Kambja_algkool, lk 70
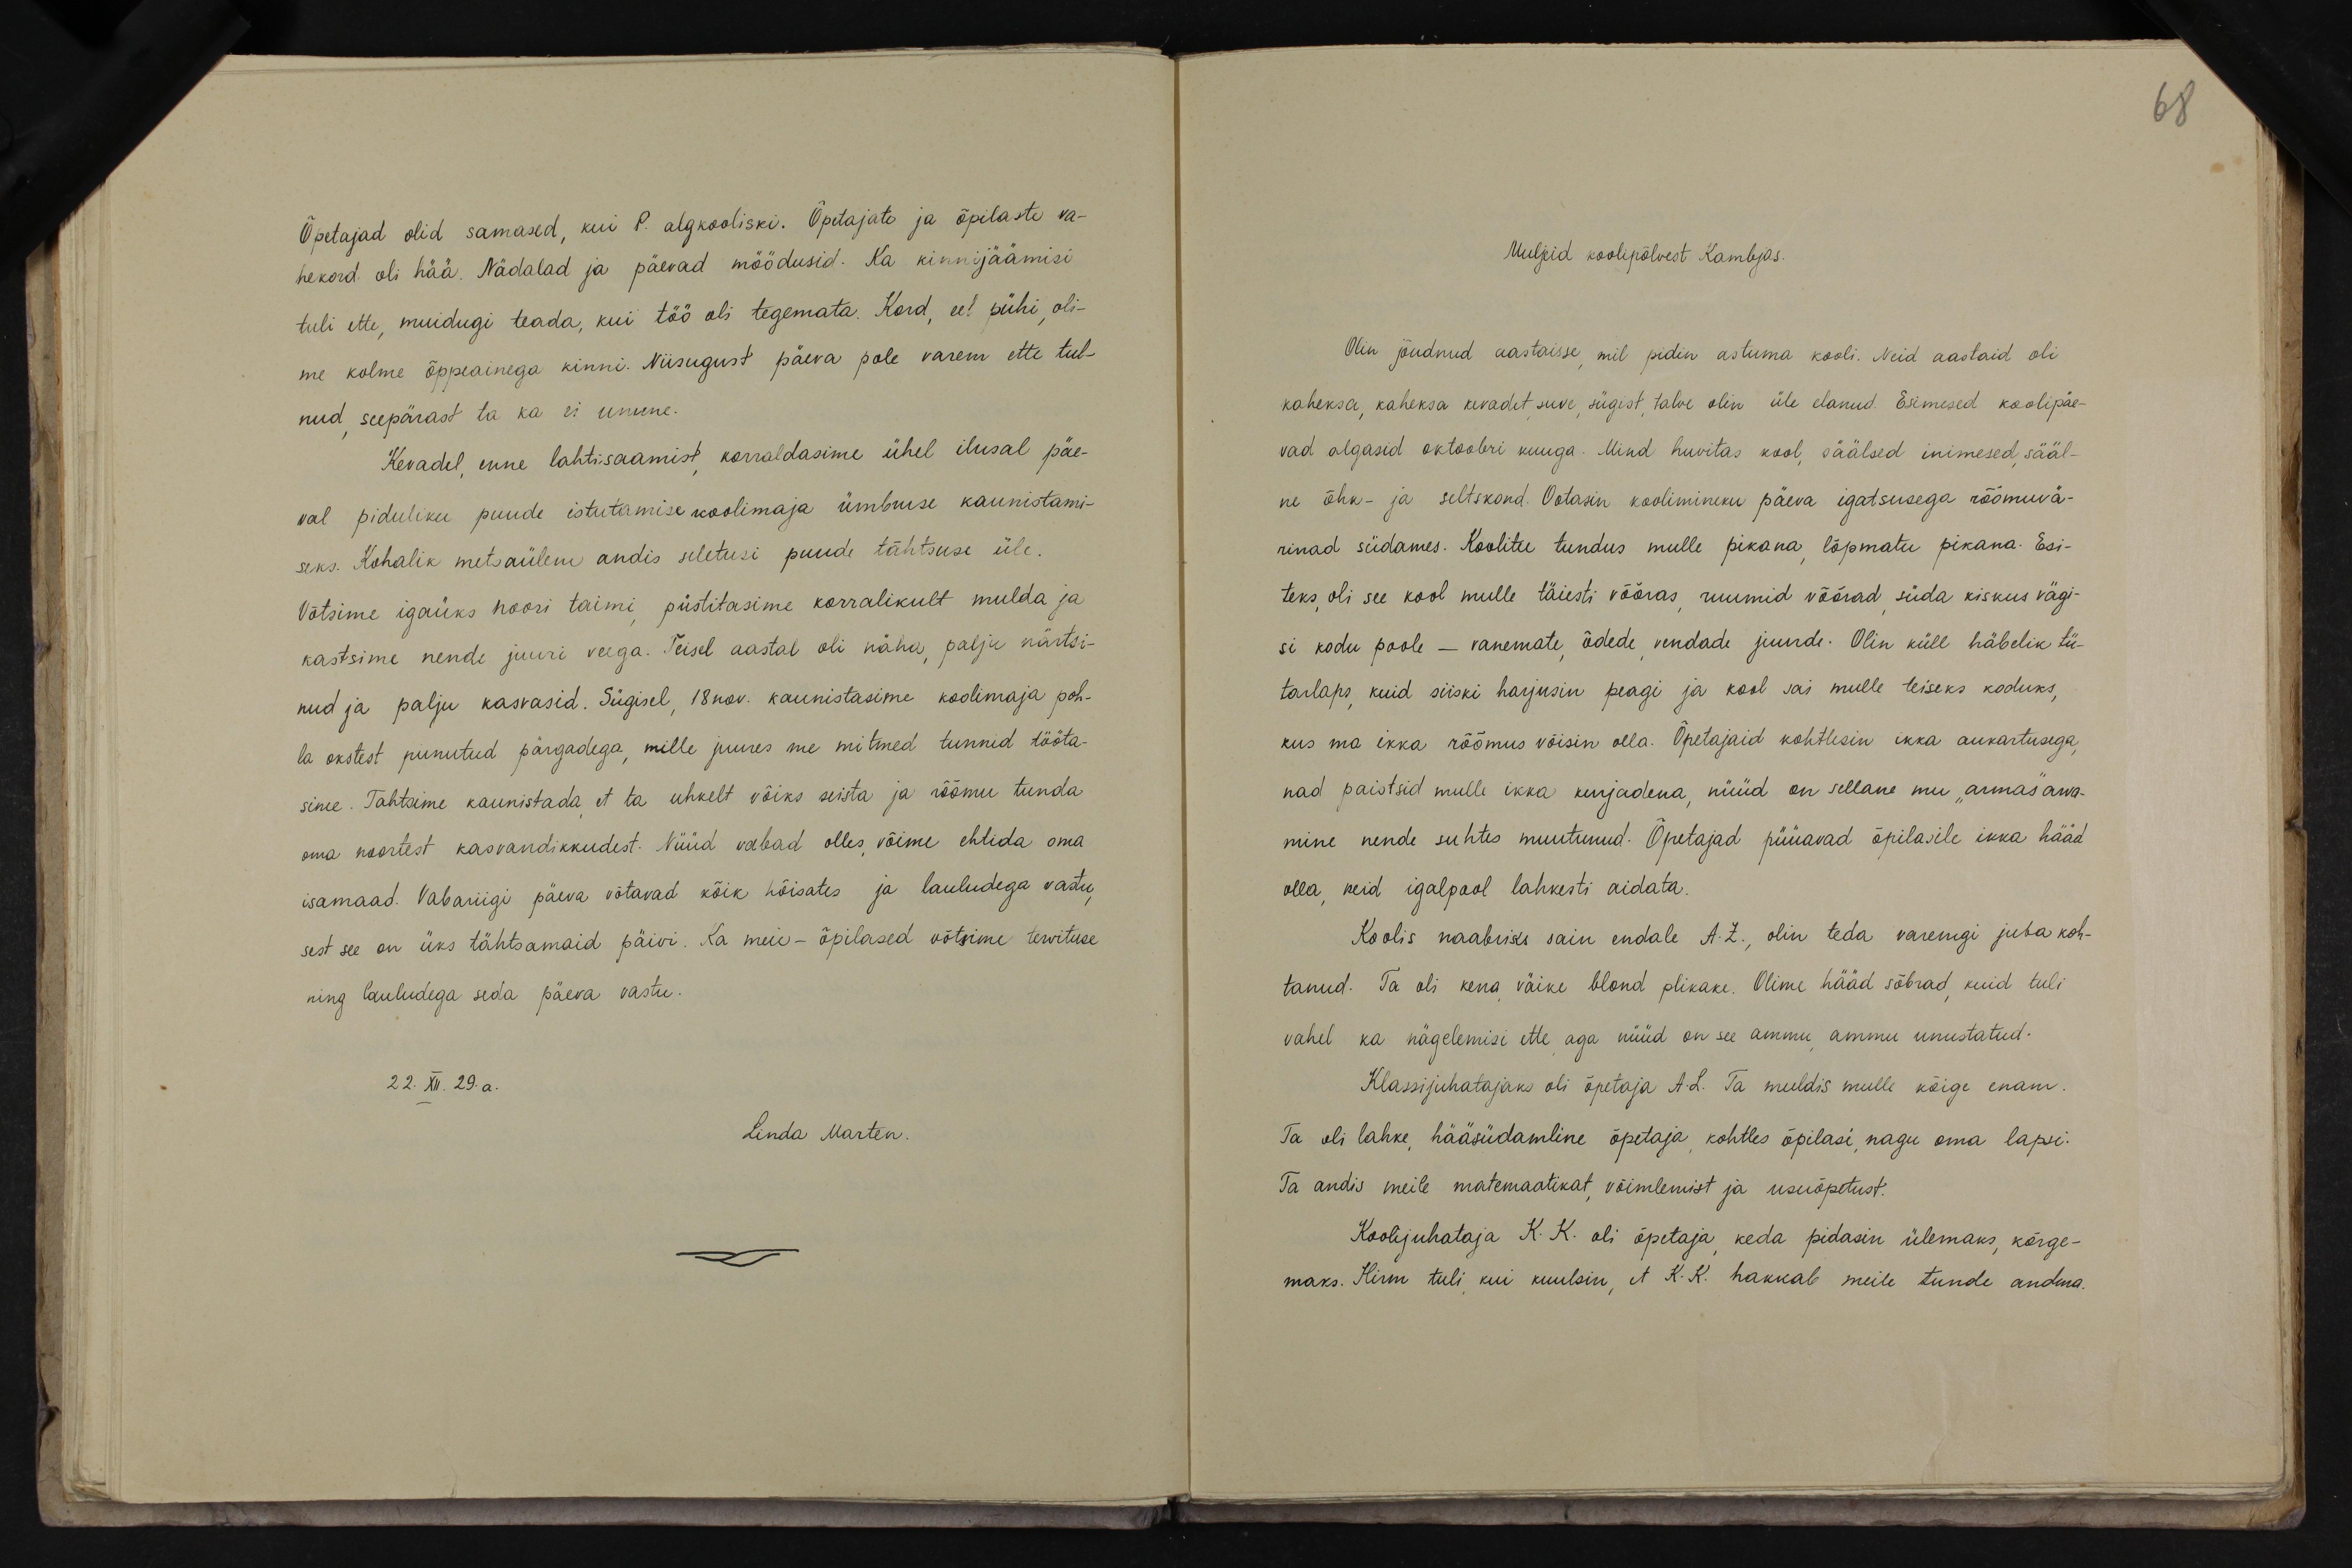
68

Õpetajad olid samased, kui P. algkooliski. Õpitajate ja õpilaste va-
hekord oli hää. Nädalad ja päevad möödusid. Ka kinnijäamisi
tuli ette, muidugi teada, kui töö oli tegemata. Kord, eel pühi, oli-
me kolme õppeainega kinni. Niisugust päeva pole varem ette tul-
nud, seepärast ta ka ei unune.
Kevadel enne lahtisaamist korraldasime ühel ilusal päe-
val piduliku puude istutamise koolimaja ümbruse kaunistami-
seks. Kohalik metsaülem andis seletusi puude tähtsuse üle.
Võtsime igaüks noori taimi, püstitasime korralikult mulda ja
kastsime nende juuri veega. Teisel aastal oli näha, palju närtsi-
nud ja palju kasvasid. Sügisel, 18 nov. kaunistasime koolimaja poh-
la okstest punutud pärgadega, mille juures me mitmed tunnid tööta-
sime. Tahtsime kaunistada, et ta uhkelt võiks seista ja rõõmu tunda
oma noortest kasvandikkudest. Nüüd vabad olles, võime ehtida oma
isamaad. Vabariigi päeva võtavad kõik hõisates ja lauludega vastu,
sest see on üks tähtsamaid päivi. Ka meie - õpilased võtsime tervituse
ning lauludega seda päeva vastu.
22. XII. 29. a.
Linda Marten.

Muljeid koolipõlvest Kambjas.
Olin jõudnud aastaisse, mil pidin astuma kooli. Neid aastaid oli
kaheksa, kaheksa kevadet, suve, sügist, talve olin üle elanud. Esimesed koolipäe-
vad algasid oktoobri kuuga. Mind huvitas kool, säälsed inimesed, sääl-
ne õhk- ja seltskond. Ootasin koolimineku päeva igatsusega rõõmuva-
rinad südames. Koolitee tundus mulle pikana, lõpmatu pikana. Esi-
teks, oli see kool mulle täiesti võõras, ruumid võõrad, süda kiskus vägi-
si kodu poole - vanemate, õdede, vendade juurde. Olin küll häbelik tü-
tarlaps, kuid siiski harjusin peagi ja kool sai mulle teiseks koduks,
kus ma ikka rõõmus võisin olla. Õpetajaid kohtlesin ikka aukartusega,
nad paistsid mulle ikka kurjadena, nüüd on sellane mu "armas" arva-
mine nende suhtes muutunud. Õpetajad püüavad õpilasile ikka hääd
olla, neid igalpool lahkesti aidata.
Koolis naabriks sain endale A.Z., olin teda varemgi juba koh-
tanud. Ta oli kena väike blond plikake. Olime hääd sõbrad, kuid tuli
vahel ka nägelemisi ette, aga nüüd on see ammu, ammu unustatud.
Klassijuhatajaks oli õpetaja A.L. Ta meeldis mulle kõige enam.
Ta oli lahke, hääsüdamline õpetaja, kohtles õpilasi, nagu oma lapsi.
Ta andis meile matemaatikat, võimlemist ja usuõpetust.
Koolijuhataja K. K. oli õpetaja, keda pidasin ülemaks, kõrge-
maks. Hirm tuli, kui kuulsin, et K. K. hakkab meile tunde andma.